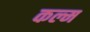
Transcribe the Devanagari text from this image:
कल्म